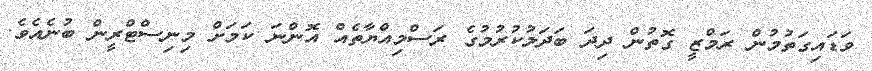
ވަޑައިގަތުމުން ރަމްޒީ ގޮތުން ދިދަ ބަދަލުކުރުމުގެ ރަސްމިއްޔާތެއް އޮންނަ ކަމަށް މިނިސްޓްރީން ބުނެއެވެ.